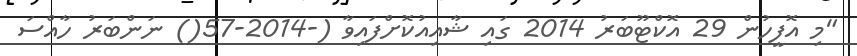
"މި އޮފީހުން 29 އޮކްޓޫބަރު 2014 ގައި ޝާއިއުކޮށްފައިވާ (-2014-57() ނަންބަރު ހާއްސަ